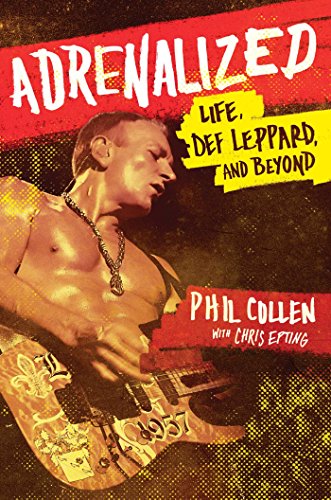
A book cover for Adrenalized: Life, Def Leppard, and Beyond; Phil Collen; Arts & Photography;